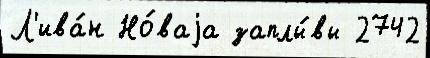
Л'ива́н Но́ваjа заплы́вы 2742